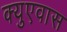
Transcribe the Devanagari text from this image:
क्युएवास